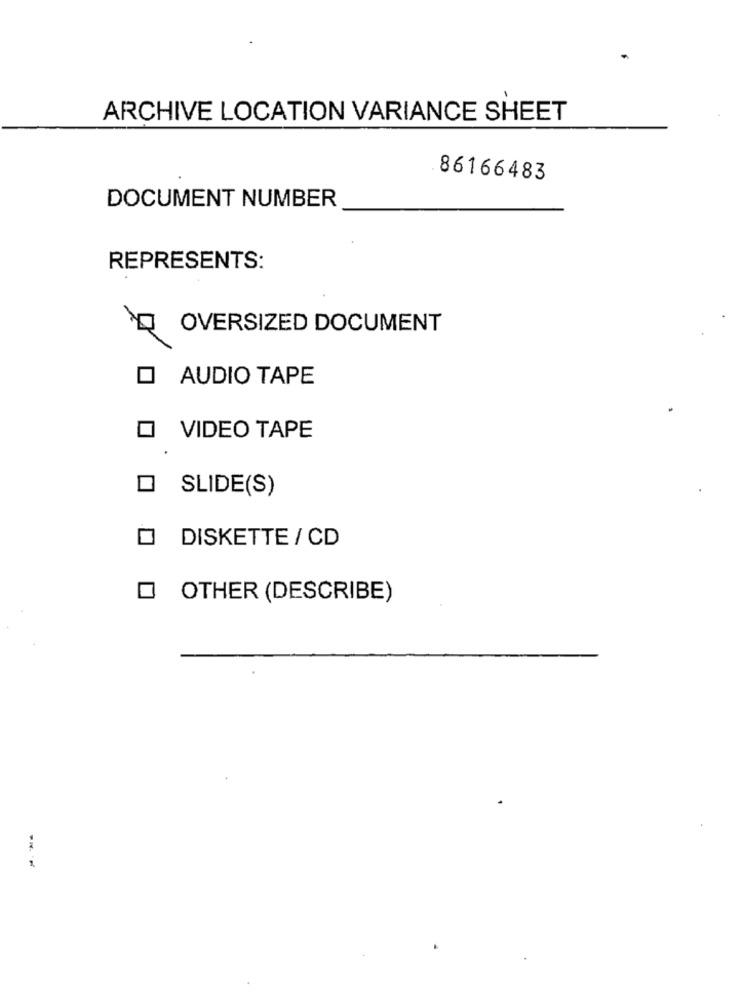
ARCHIVE LOCATION VARIANCE SHEET
86166483
DOCUMENT NUMBER
REPRESENTS:
OVERSIZED DOCUMENT
O AUDIO TAPE
O VIDEO TAPE
SLIDE(S)
DISKETTE / CD
OTHER (DESCRIBE)